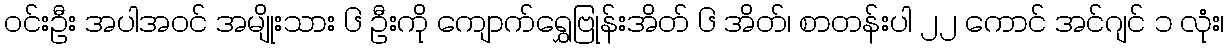
ဝင်းဦး အပါအဝင် အမျိုးသား ၆ ဦးကို ကျောက်ရွှေဗြုန်းအိတ် ၆ အိတ်၊ စာတန်းပါ ၂၂ ကောင် အင်ဂျင် ၁ လုံး၊